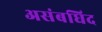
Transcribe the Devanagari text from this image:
असंबधिद